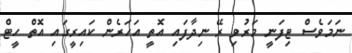
ނަމަވެސް ޓިފަނީ މަރުވި ރޭ ނިދާފައި އޮތީ އަހަރެން ކައިރީގައި އޮތް ހީޓް